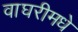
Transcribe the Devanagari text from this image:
वाघरीमधे